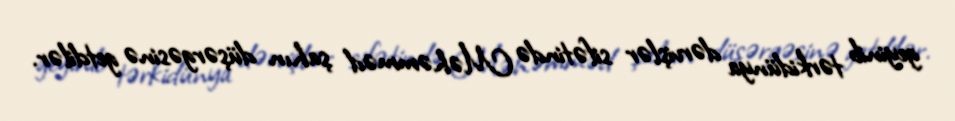
geyinib tərkidünya dərvişlər sifətində Məhəmməd şahın düşərgəsinə getdilər.